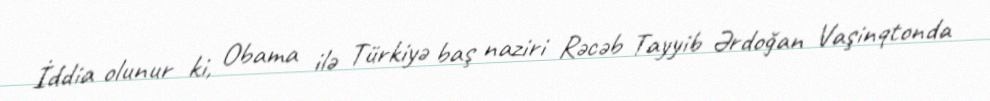
İddia olunur ki, Obama ilə Türkiyə baş naziri Rəcəb Tayyib Ərdoğan Vaşinqtonda